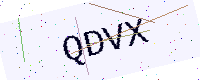
Text: QDVX